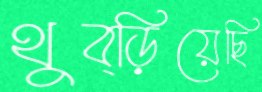
থুব্‌ড়িয়েছি